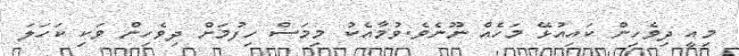
މިއީ ދިވެހިން ކައިއުޅޭ މަހެއް ނޫނެވެ.ވުމާއެކު މިމަސް ހިފުމަށް ދިވެހިން ވަކި ކަހަލަ